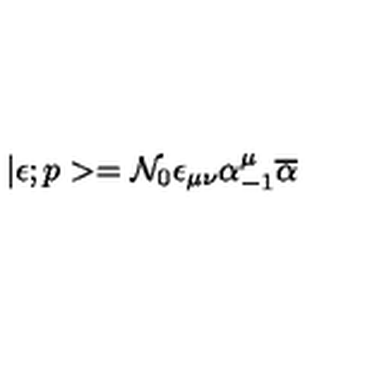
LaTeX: | \epsilon ; p > = { \cal N } _ { 0 } \epsilon _ { \mu \nu } \alpha _ { - 1 } ^ { \mu } \overline { { \alpha } }